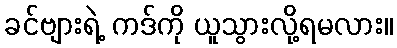
ခင်ဗျားရဲ့ ကဒ်ကို ယူသွားလို့ရမလား။